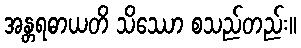
အန္တရဓာယတိ သိဿော စသည်တည်း။